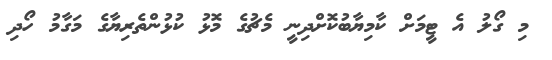
މި ގޯލު އެ ޓީމަށް ކާމިޔާބުކޮށްދިނީ މެޗުގެ މޮޅު ކުޅުންތެރިޔާގެ މަގާމު ހޯދި